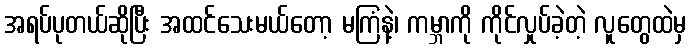
အရပ်ပုတယ်ဆိုပြီး အထင်သေးမယ်တော့ မကြံနဲ့၊ ကမ္ဘာကို ကိုင်လှုပ်ခဲ့တဲ့ လူတွေထဲမှ